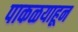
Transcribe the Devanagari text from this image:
पाकळयाहून